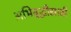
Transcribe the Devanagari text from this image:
अभिवृद्धीसाठी